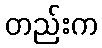
တည်းက